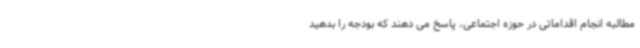
مطالبه انجام اقداماتی در حوزه اجتماعی، پاسخ می دهند که بودجه را بدهید